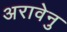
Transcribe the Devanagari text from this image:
अरावेनु